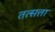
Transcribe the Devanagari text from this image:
तत्सत्ता